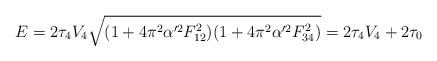
LaTeX: \begin{align*}E = 2 \tau_4 V_4 \sqrt{(1 + 4 \pi^2 \alpha'^2 F_{12}^2)(1 + 4 \pi^2 \alpha'^2 F_{34}^2)} =2 \tau_4 V_4+2 \tau_0\end{align*}